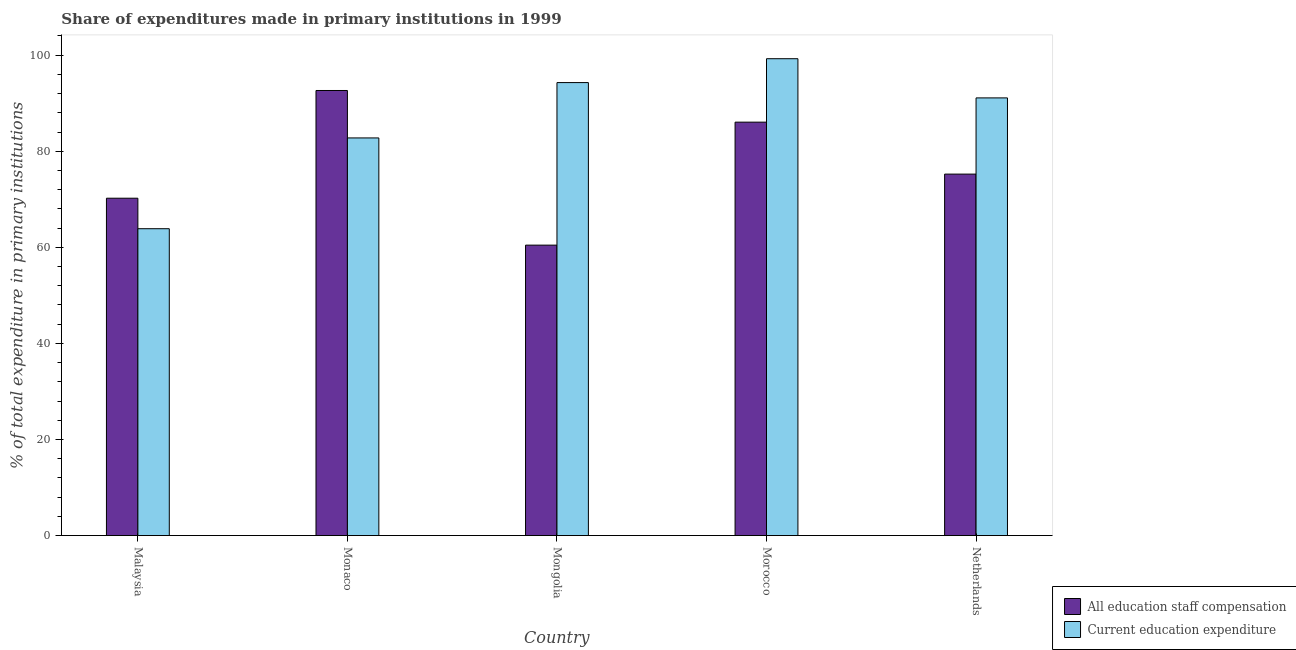
| Country | All education staff compensation | Current education expenditure |
 | --- | --- | --- |
 | Malaysia | 70.2 | 63.9 |
 | Monaco | 92.7 | 82.8 |
 | Mongolia | 60.5 | 94.3 |
 | Morocco | 86.1 | 99.3 |
 | Netherlands | 75.2 | 91.1 |